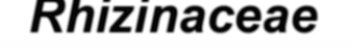
Rhizinaceae